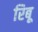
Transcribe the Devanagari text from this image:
रिबू